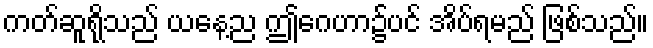
ကတ်ဆူရိုသည် ယနေ့ည ဤဂေဟာ၌ပင် အိပ်ရမည် ဖြစ်သည်။